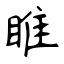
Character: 睢